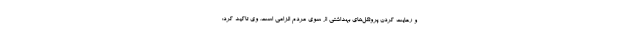
و رعایت کردن پروتکل‌های بهداشتی از سوی مردم الزامی است. وی تاکید کرد: